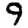
Digit: 9